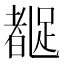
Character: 𬦼